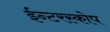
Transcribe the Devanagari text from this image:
ईन्टरस्कोप